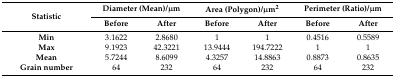
| <ROWSPAN=2> Statistic | <COLSPAN=2> Diameter (Mean)/μm | <COLSPAN=2> Area (Polygon)/μm2 | <COLSPAN=2> Perimeter (Ratio)/μm |
 | Before | After | Before | After | Before | After |
 | --- | --- | --- | --- | --- | --- | --- |
 | Min | 3.1622 | 2.8680 | 1 | 1 | 0.4516 | 0.5589 |
 | Max | 9.1923 | 42.3221 | 13.9444 | 194.7222 | 1 | 1 |
 | Mean | 5.7244 | 8.6099 | 4.3257 | 14.8863 | 0.8873 | 0.8635 |
 | Grain number | 64 | 232 | 64 | 232 | 64 | 232 |